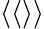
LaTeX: \langle\langle\rangle\rangle